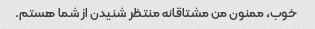
خوب، ممنون من مشتاقانه منتظر شنیدن از شما هستم.